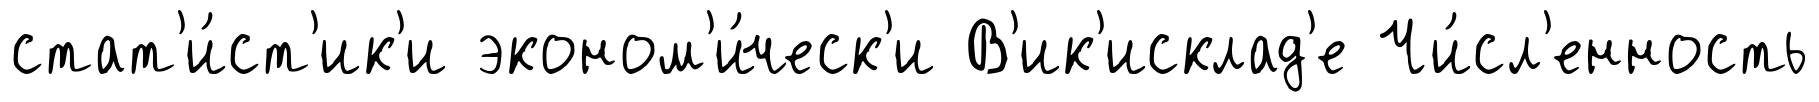
стат'и́ст'ик'и эконом'и́ческ'и В'ик'исклад'е Чи́сл'енность